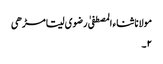
مولانا ثناء المصطفیٰ رضوی سیتامڑھی
۲۔